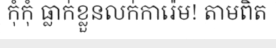
កុំកុំ ធ្លាក់ខ្លួនលក់ការ៉េម! តាមពិត